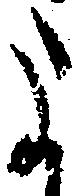
よ